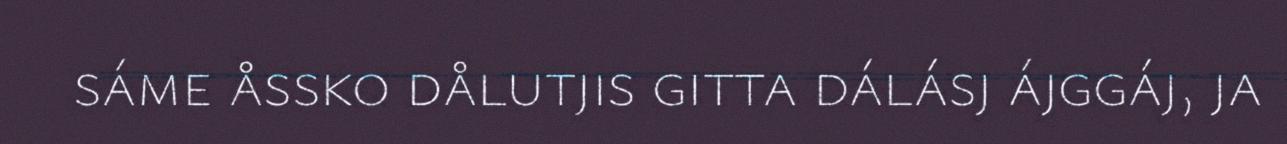
sáme åssko dålutjis gitta dálásj ájggáj, ja